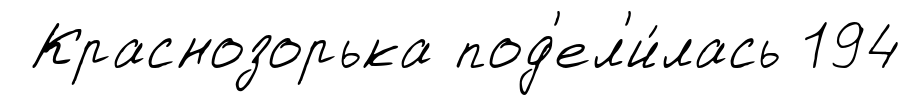
Краснозорька под'ел'и́лась 194